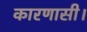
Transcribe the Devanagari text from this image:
कारणासी।